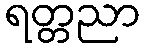
ရတ္တညာ